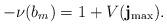
LaTeX: \begin{align*}-\nu(b_m)=1+ V(\mathbf{j}_{\max}).\end{align*}